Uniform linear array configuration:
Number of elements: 64
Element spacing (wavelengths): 0.25
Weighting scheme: hann
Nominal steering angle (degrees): -30
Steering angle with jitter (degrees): -30.0
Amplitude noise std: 0.05
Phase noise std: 0.05

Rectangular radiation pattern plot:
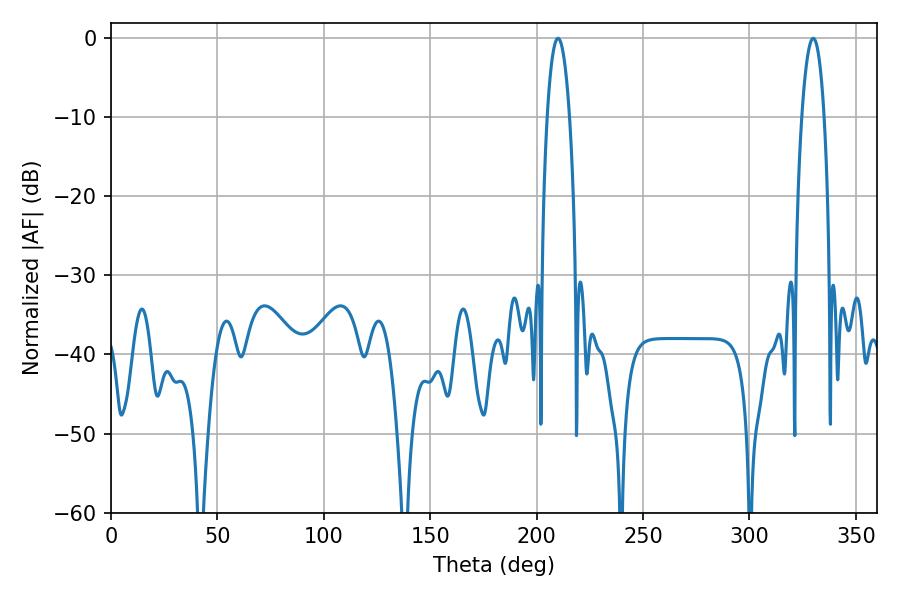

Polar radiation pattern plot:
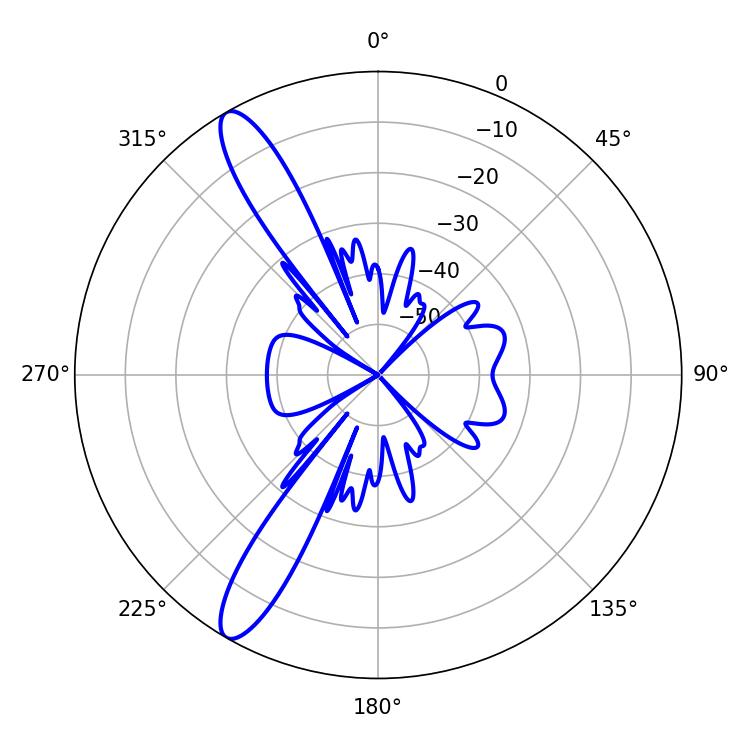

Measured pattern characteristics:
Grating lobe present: FALSE
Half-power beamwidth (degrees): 5.76
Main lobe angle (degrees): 329.94